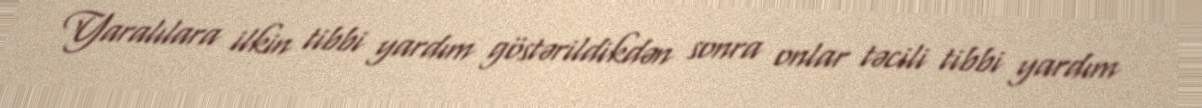
Yaralılara ilkin tibbi yardım göstərildikdən sonra onlar təcili tibbi yardım